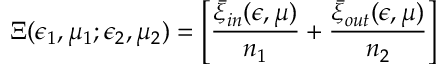
\Xi ( \epsilon _ { 1 } , \mu _ { 1 } ; \epsilon _ { 2 } , \mu _ { 2 } ) = \left[ { \frac { \bar { \xi } _ { \small i n } ( \epsilon , \mu ) } { n _ { 1 } } } + { \frac { \bar { \xi } _ { \small o u t } ( \epsilon , \mu ) } { n _ { 2 } } } \right]